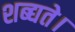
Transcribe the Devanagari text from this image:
शब्द्यते।